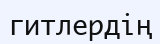
гитлердің